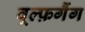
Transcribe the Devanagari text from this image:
वूल्फ़गैंग